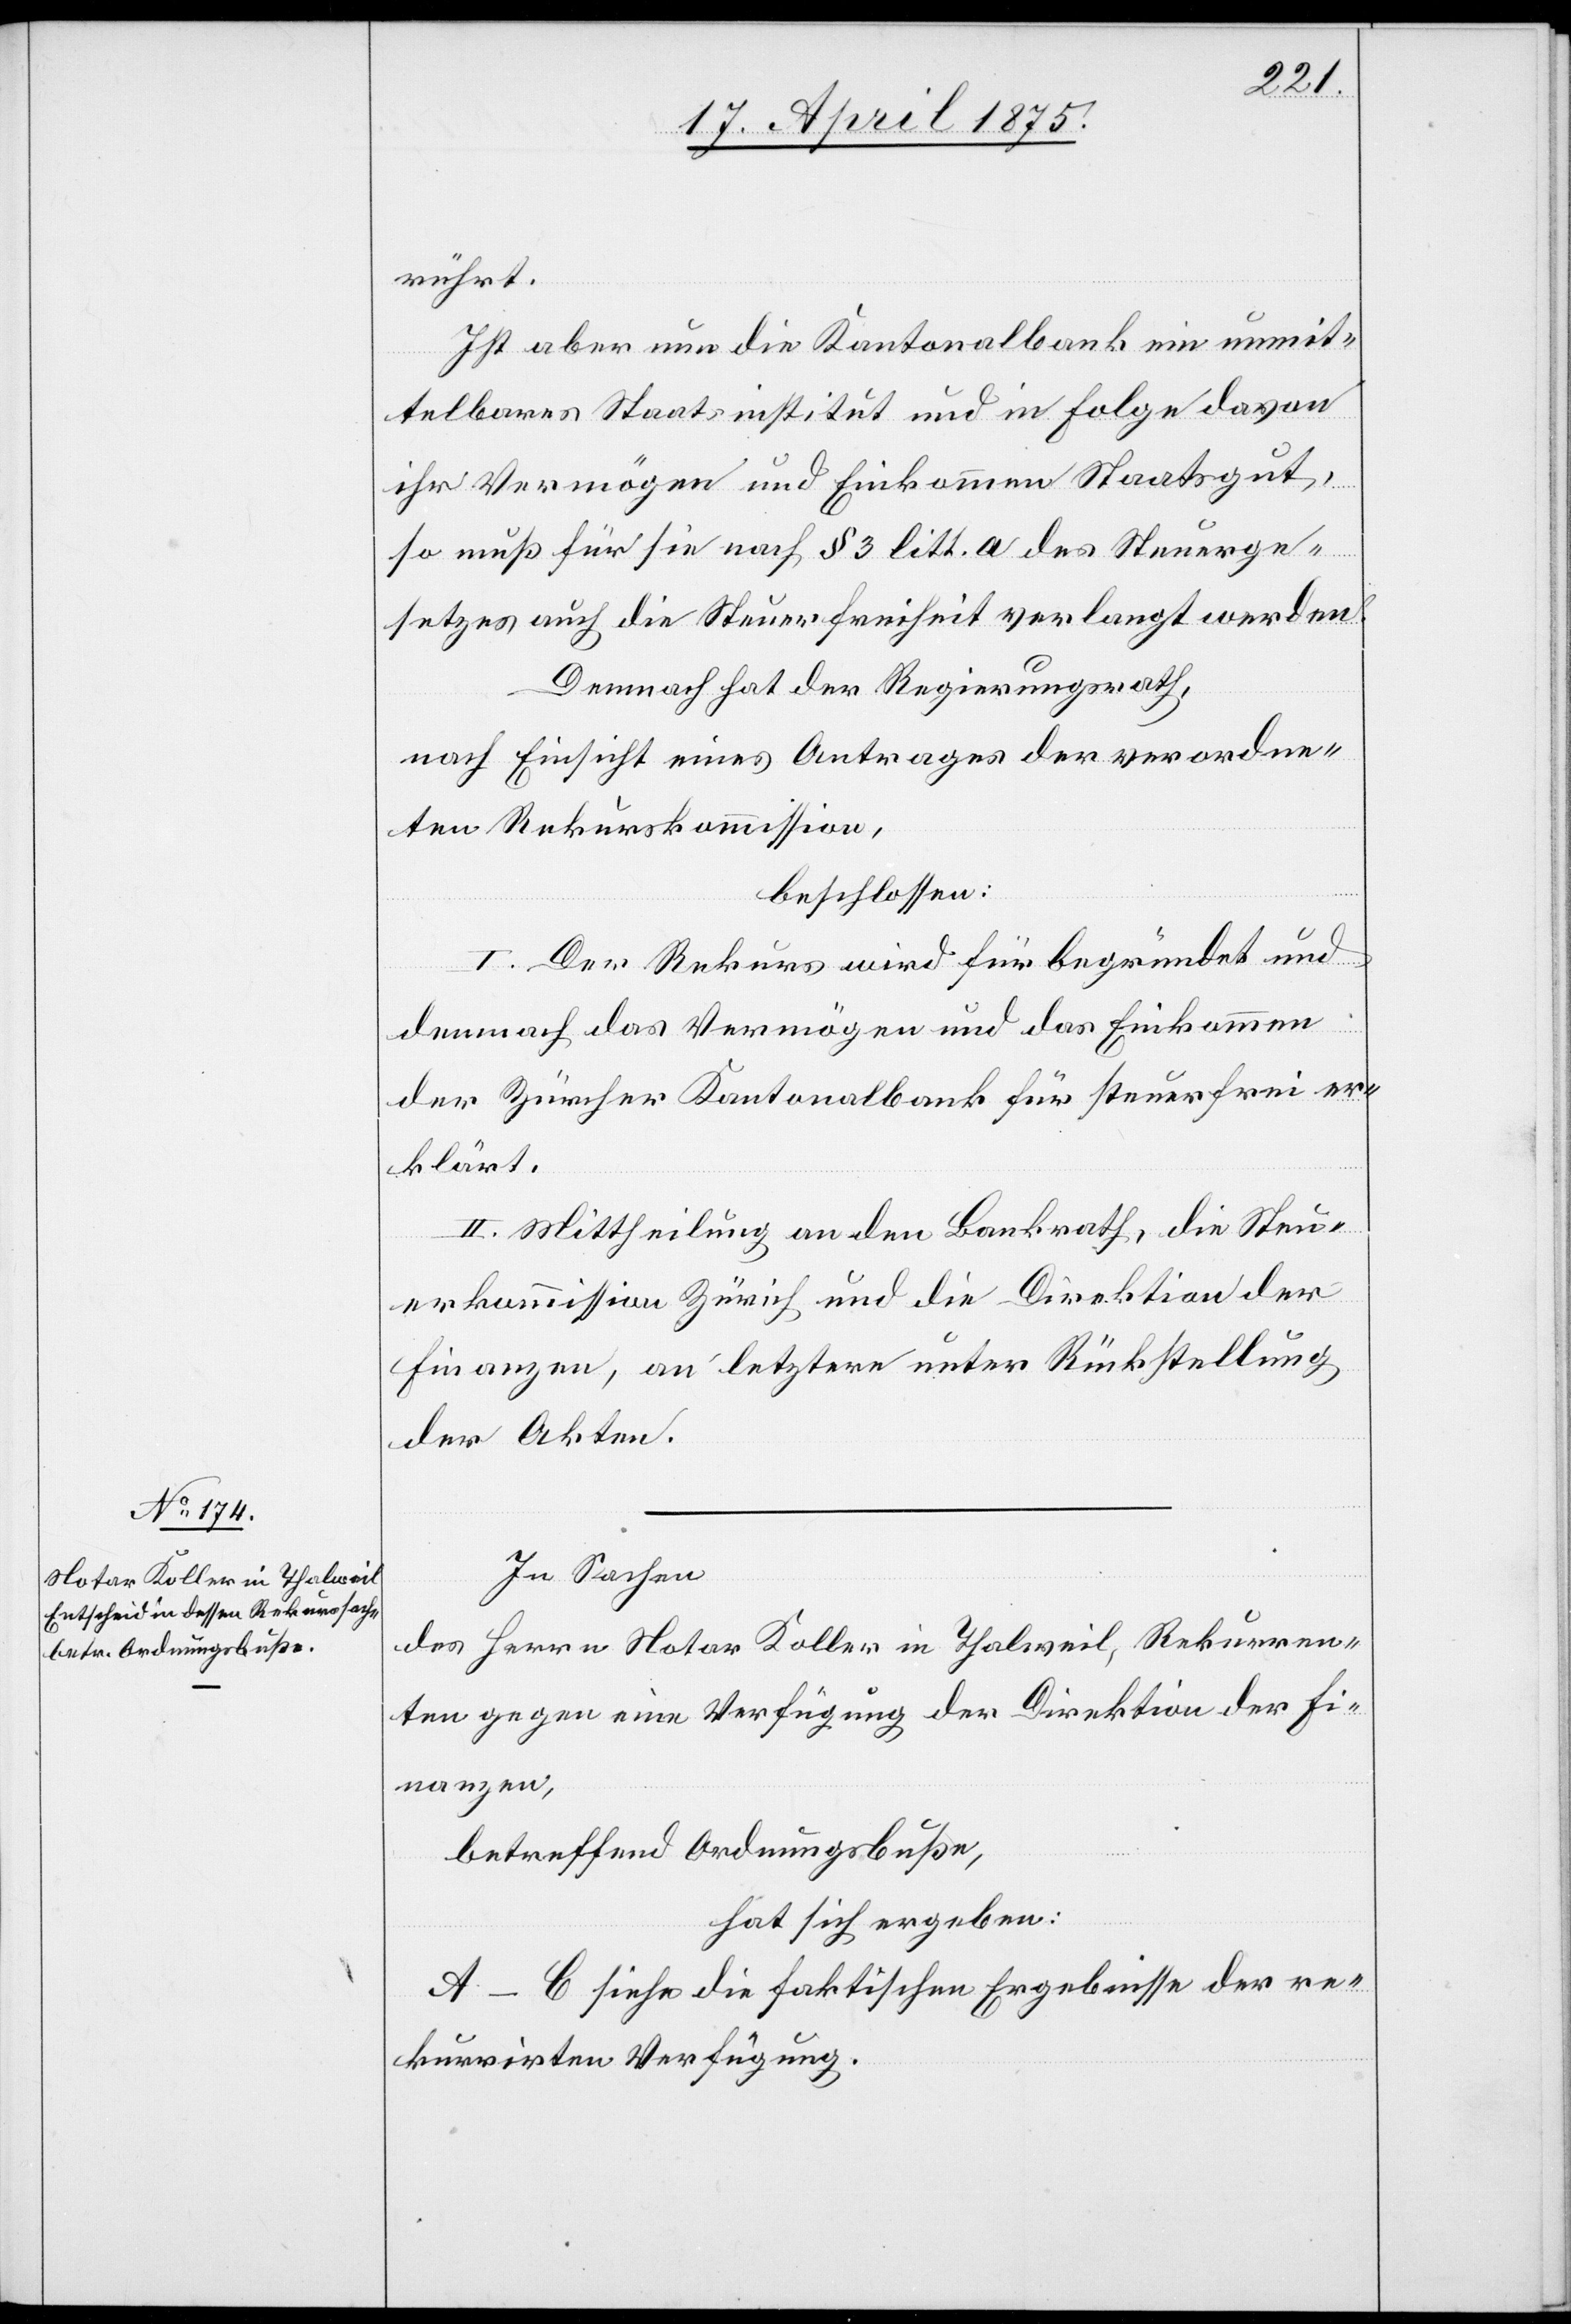
rührt.
Ist aber nun die Kantonalbank ein unmit¬
telbares Staatsinstitut und in Folge davon
ihr Vermögen und Einkommen Staatsgut,
so muß für sie nach § 3 litt. a des Steuerge¬
setzes auch die Steuerfreiheit verlangt werden.
Demnach hat der Regierungsrath,
nach Einsicht eines Antrages der verordne¬
ten Rekurskommission,
beschlossen:
I. Der Rekurs wird für begründet und
demnach das Vermögen und das Einkommen
der Zürcher Kantonalbank für steuerfrei er¬
klärt.
II. Mittheilung an den Bankrath, die Steu¬
erkommission Zürich und die Direktion der
Finanzen, an letztere unter Rückstellung
der Akten.
In Sachen
des Herrn Notar Koller in Thalweil, Rekurren¬
ten gegen eine Verfügung der Direktion der Fi¬
nanzen,
betreffend Ordnungsbuße,
hat sich ergeben:
A–C siehe die faktischen Ergebnisse der re¬
kurrirte Verfügung.